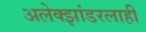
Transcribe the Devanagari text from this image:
अलेक्झांडरलाही